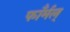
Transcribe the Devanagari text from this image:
फाँर्मल्